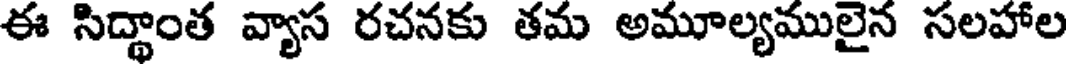
ఈ సిద్ధాంత వ్యాస రచనకు తమ అమూల్యములైన సలహాల